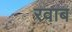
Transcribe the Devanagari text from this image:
रवाब